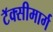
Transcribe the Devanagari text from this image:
टॅक्सीमार्ग